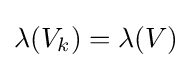
\lambda (V_{k})=\lambda (V)